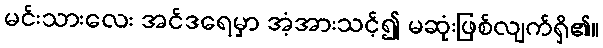
မင်းသားလေး အင်ဒရေမှာ အံ့အားသင့်၍ မဆုံးဖြစ်လျက်ရှိ၏။